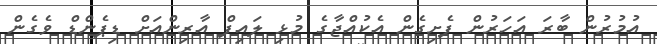
އުމުރުން ބާރަ އަހަރުން ފެށިގެން އެކުއްޖާގެ މުޅި ލައިފް އާރިންއަށް ޑިޕެންޑް ވެގެން